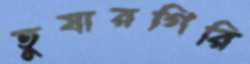
তুষারগিরি